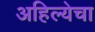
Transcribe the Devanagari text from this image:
अहिल्येचा